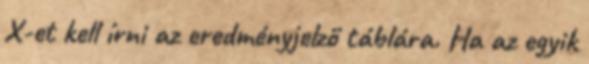
X-et kell írni az eredményjelző táblára. Ha az egyik